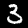
Digit: 3